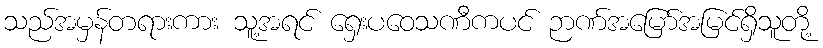
သည်အမှန်တရားကား သူ့အရင် ရှေးပဝေသဏီကပင် ဉာဏ်အမြော်အမြင်ရှိသူတို့